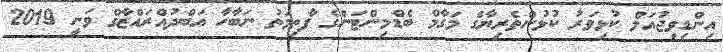
އިންޑިވިޖުއަލް ކުޅިވަރު ކުޅުންތެރިޔާގެ މަގާމް ބެޑްމިންޓަންގެ ފާތިމަތު ނަބާހާ އަބްދުއްރައްޒާގް ވަނީ 2019